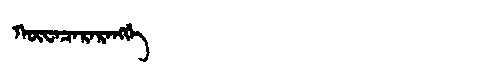
Manchu: ᡴᡡᠸᠠᠴᠠᡵᠠᡵᠠᠩᡤᡝ
Romanization: KŪWACARARANGGE